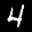
Label: 4